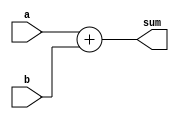
module Adder(input wire [7:0] a, b,
              output wire [7:0] sum);

    assign sum = a + b;

endmodule